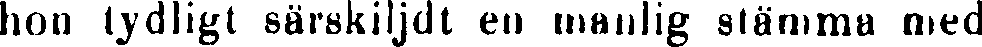
hon tydligt särskiljdt en manlig stämma med